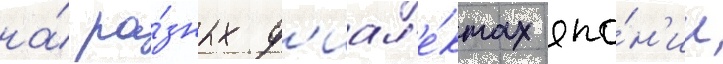
на́ ра́зных д'иал'е́ктах япо́н'ии